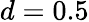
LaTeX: d=0.5